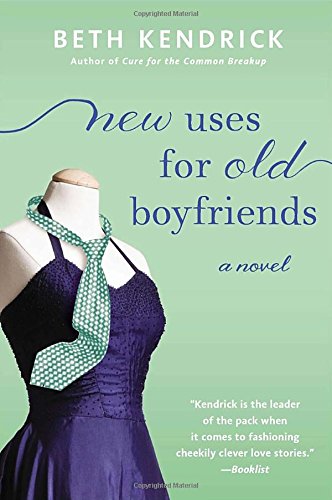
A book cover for New Uses for Old Boyfriends (Black Dog Bay Novel); Beth Kendrick; Literature & Fiction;